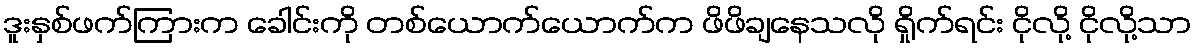
ဒူးနှစ်ဖက်ကြားက ခေါင်းကို တစ်ယောက်ယောက်က ဖိဖိချနေသလို ရှိုက်ရင်း ငိုလို့ ငိုလို့သာ